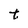
Character: t